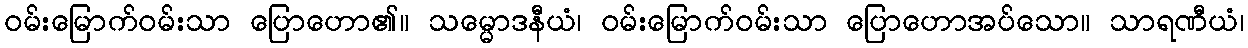
ဝမ်းမြောက်ဝမ်းသာ ပြောဟော၏။ သမ္မောဒနီယံ၊ ဝမ်းမြောက်ဝမ်းသာ ပြောဟောအပ်သော။ သာရဏီယံ၊